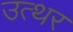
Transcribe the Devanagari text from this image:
उत्थर